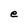
Character: e